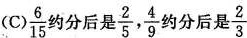
(C)\frac{6}{15}约分后是\frac{2}{5}，\frac{4}{9}约分后是\frac{2}{3}